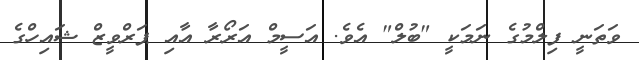
ވަތަނީ ފިލްމުގެ ނަމަކީ "ބުލް" އެވެ. އަސީމް އަރޯރާ އާއި ޕަރްވީޒް ޝައިހްގެ